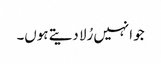
جو انہیں رُلا دیتے ہوں۔